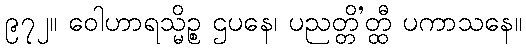
၉၇၂။ ဝေါဟာရသ္မိဉ္စ ဌပနေ၊ ပညတ္တိ’တ္ထီ ပကာသနေ။